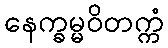
နေက္ခမ္မဝိတက္ကံ